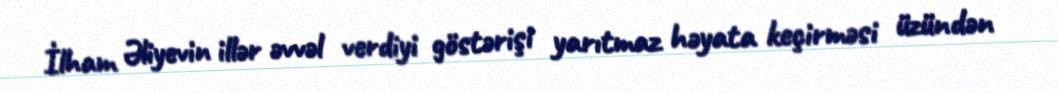
İlham Əliyevin illər əvvəl verdiyi göstərişi yarıtmaz həyata keçirməsi üzündən